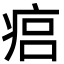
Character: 㾔